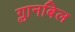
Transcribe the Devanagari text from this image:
ग्लानबिल